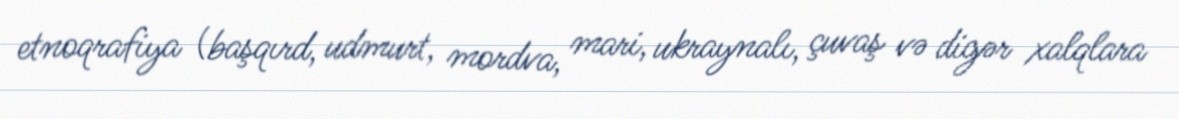
etnoqrafiya (başqırd, udmurt, mordva, mari, ukraynalı, çuvaş və digər xalqlara